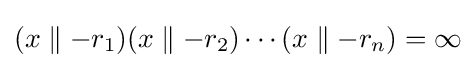
(x\parallel -r_{1})(x\parallel -r_{2})\cdots (x\parallel -r_{n})=\infty